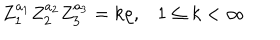
Z _ { 1 } ^ { a _ { 1 } } Z _ { 2 } ^ { a _ { 2 } } Z _ { 3 } ^ { a _ { 3 } } = k \rho , 1 \leq k < \infty